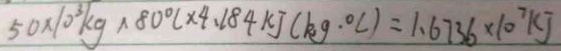
5 0 \times 1 0 ^ { 3 } k g \times 8 0 ^ { \circ } c \times 4 . 1 8 4 k J ( k g \cdot ^ { \circ } c ) = 1 . 6 7 3 6 \times 1 0 ^ { 7 } k J